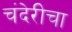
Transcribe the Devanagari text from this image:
चंदेरीचा